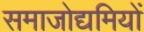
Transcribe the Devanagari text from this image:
समाजोद्यमियों